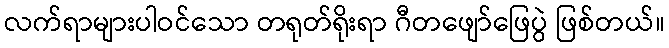
လက်ရာများပါဝင်သော တရုတ်ရိုးရာ ဂီတဖျော်ဖြေပွဲ ဖြစ်တယ်။